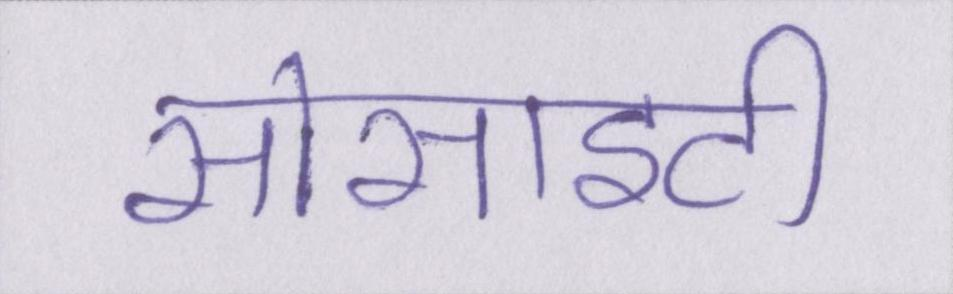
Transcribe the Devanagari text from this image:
सोसाइटी